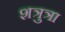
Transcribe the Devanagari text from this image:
शत्रुत्रा